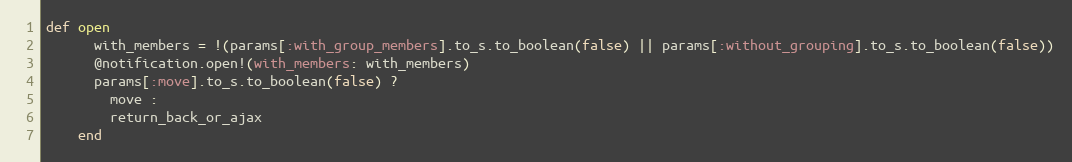
Language: Ruby
def open
      with_members = !(params[:with_group_members].to_s.to_boolean(false) || params[:without_grouping].to_s.to_boolean(false))
      @notification.open!(with_members: with_members)
      params[:move].to_s.to_boolean(false) ?
        move :
        return_back_or_ajax
    end